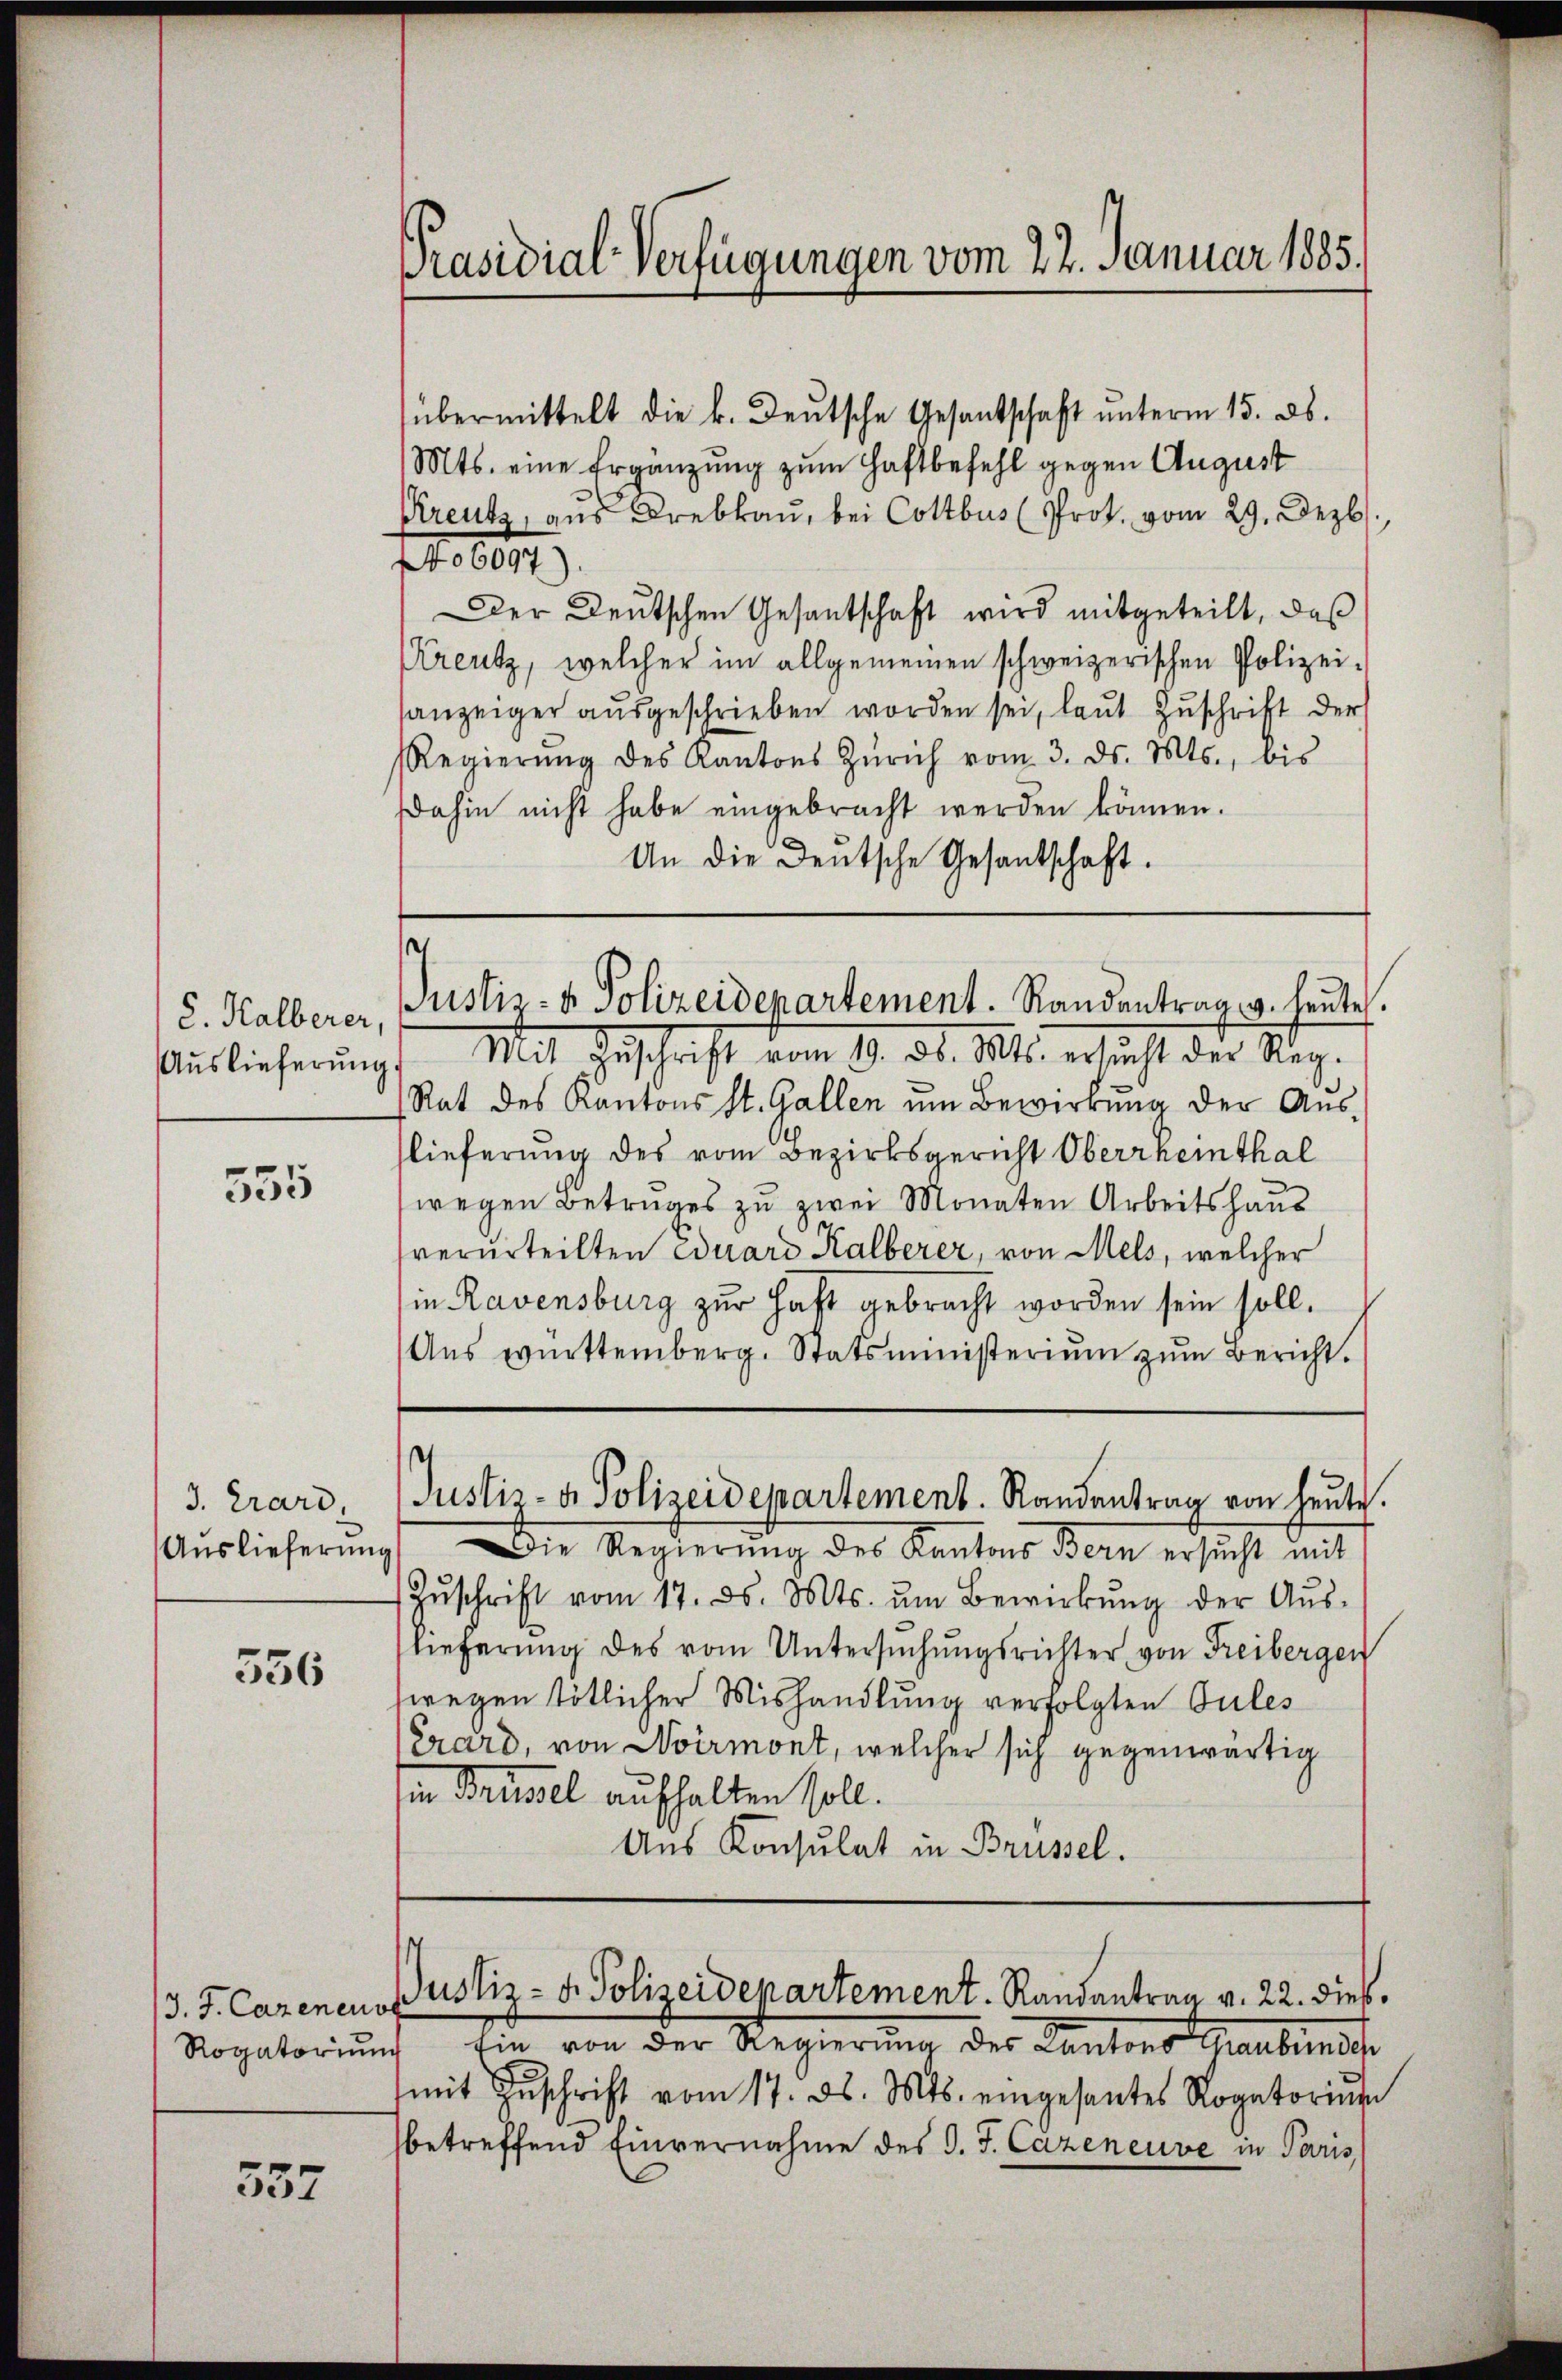
8. Halberer,
Auslieferung

555

3. Trard,
Auslieferung

556

557

Präsidial-Verfügungen vom 22. Januar 1885.

s
Justiz- & Polizeidepartement. Randantrag v. heute.

übermittelt die k. Deutsche Gesantschaft ŭnterm 15. ds.
Mts. eine Ergänzung zum Haftbefehl gegen August
Kreutz, aus Drebkaŭ, bei Cottbus (Prot. vom 29. Dezb
06097)
Der Deutschen Gesantschaft wird mitgeteilt, daß
Kreutz, welcher im allgemeinen schweizerischen Polizeisanzeiger ausgeschrieben worden sei, laut Zuschrift der
Regierŭng des Kantons Zürich vom 3. ds. Mts., bis
dahin nicht habe eingebracht werden können.
An die Deutsche Gesantschaft.
Mit Zuschrift vom 19. d. 1811. ersucht der Steg-
Rat des Kantons St. Gallen um Bewirkung der Auslieferung des vom Bezirksgericht Oberrheinthal
wegen Betruges zu zwei Monaten Arbeitshaus
verurteilten Eduard Kalberer, von Mels, welcher
in Ravensburg zur Haft gebracht worden sein soll.
Aŭs württemberg. Statsministeriŭm zŭm Bericht.
Justiz- & Polizeidepartement. Randantrag von heute.
Die Regierŭng des Kantons Bern ersŭcht mit
Zŭschrift vom 17. ds. Mts. ŭm Bewirkŭng der Aŭs-
lieferung des vom Untersŭchŭngsrichter von Freibergen
wegen tötlicher Mishandlung verfolgten Sules
Crard, von Noirmont, welcher sich gegenwärtig
in Brudel aufhalten soll.
Aus Konsulat in Brüssel.

J. J. Cazenens ustiz- u. Polizeidepartement. Randantrag v. 22. dieß.

Rogatoriŭm Ein von der Regierŭng des Cantons Graubünde
(mit Zŭschrift vom 17. ds. Mts. eingesantes Rogatorium
betreffend Einvernahme des d. J. Cazeneuve in Paris